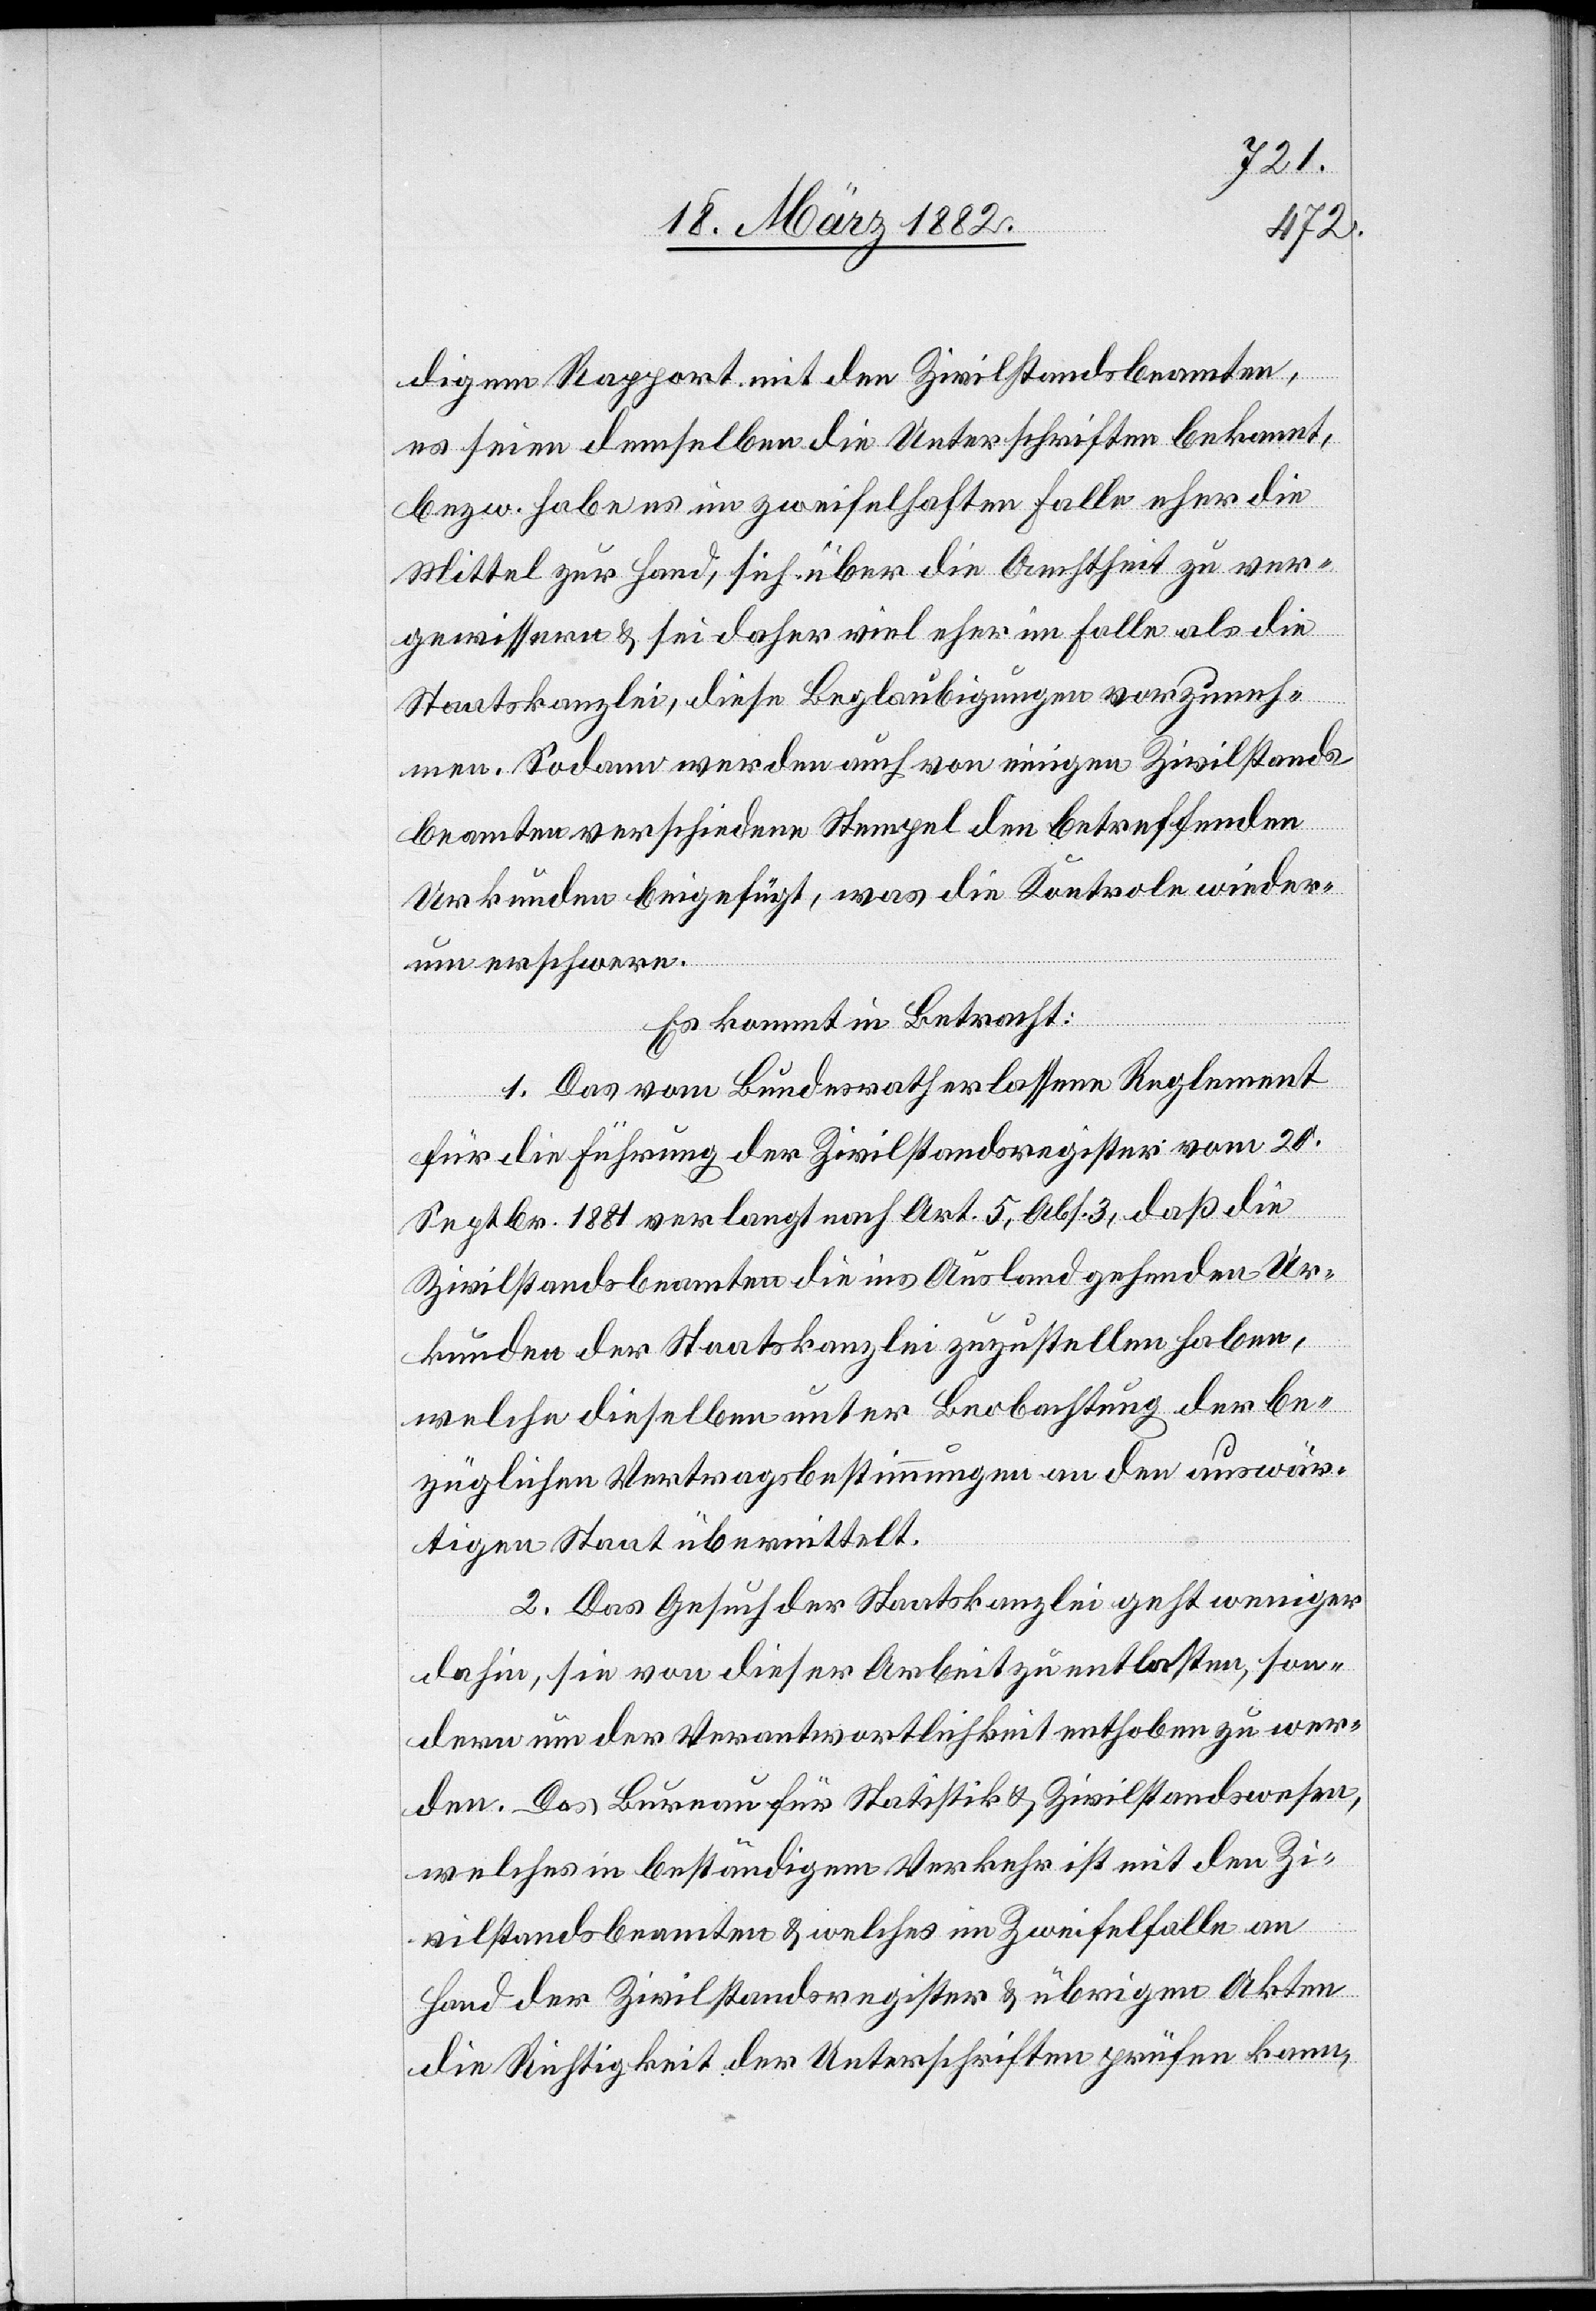
digem Rapport mit den Zivilstandbeamten,
es seien demselben die Unterschriften bekannt,
bezw. habe es im zweifelhaften Falle eher die
Mittel zur Hand, sich über die Amtheit zu ver¬
gewissern & sei daher viel eher im Falle als die
Staatskanzlei, diese Beglaubigungen vorzuneh¬
men. Sodann werden auch von einigen Zivilstands¬
beamten verschiedene Stempel den betreffenden
Urkunden beigefügt, was die Kontrole wieder¬
um erschwere.
Es kommt in Betracht:
1. Das vom Bundesrath erlassene Reglement
für die Führung der Zivilstandsregister vom 20.
Septbr. 1881 verlangt nach Art. 5, Abs. 3, daß die
Zivilstandsbeamten die ins Ausland gehenden Ur¬
kunden der Staatskanzlei zuzustellen haben,
welche dieselben unter Beobachtung der be¬
züglichen Vertragsbestimmungen an den auswär¬
tigen Staat übermittelt.
2. Das Gesuch der Staatskanzlei geht weniger
dahin, sie von dieser Arbeit zu entlasten, son¬
dern um der Verantwortlichkeit enthoben zu wer¬
den. Das Bureau für Statistik & Zivilstandswesen,
welches in beständigem Verkehr ist mit den Zi¬
vilstandsbeamten & welches im Zweifelsfalle an
Hand der Zivilstandsregister & übrigen Akten
die Richtigkeit der Unterschriften prüfen kann,